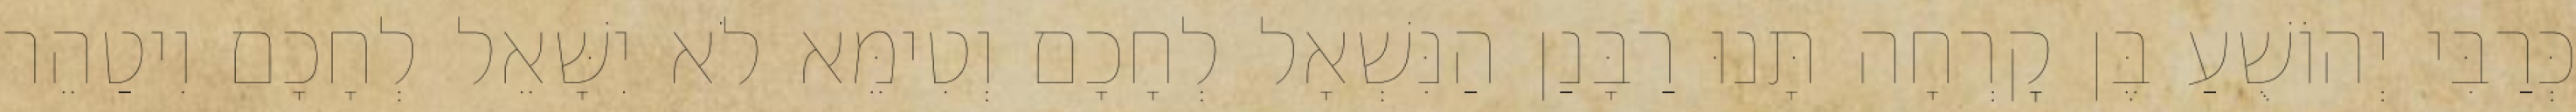
כְּרַבִּי יְהוֹשֻׁעַ בֶּן קׇרְחָה תָּנוּ רַבָּנַן הַנִּשְׁאָל לְחָכָם וְטִימֵּא לֹא יִשָּׁאֵל לְחָכָם וִיטַהֵר